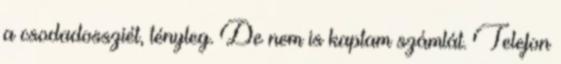
a csodadossziét, tényleg. De nem is kaptam számlát. Telefon